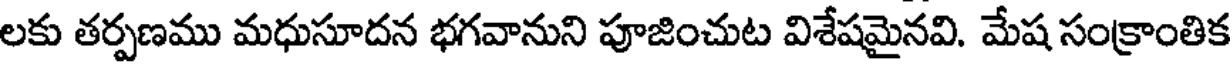
లకు తర్పణము మధుసూదన భగవానుని పూజించుట విశేషమైనవి. మేష సంక్రాంతిక